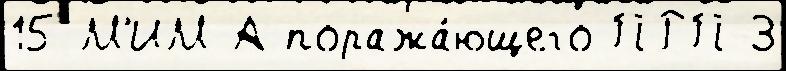
15 М'ИМ-А поража́ющего ПРП-3